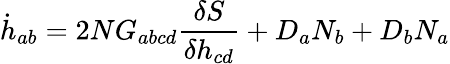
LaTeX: \dot{h}_{ab}=2NG_{abcd}\frac{\delta S}{\delta h_{cd}}+D_{a}N_{b}+D_{b}N_{a}